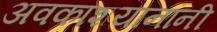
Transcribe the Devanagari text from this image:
अवकाशयानांनी